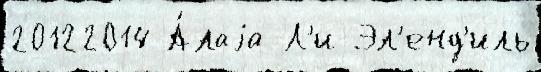
20122014 А́лаjа Л'и Эл'енд'иль